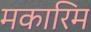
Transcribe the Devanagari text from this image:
मकारिम